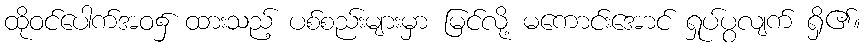
ထိုဝင်ပေါက်အဝ၌ ထားသည့် ပစ်စည်းများမှာ မြင်လို့ မကောင်းအောင် ရှုပ်ပွလျက် ရှိ၏။